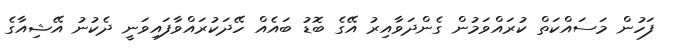
ފަހުން މަސައްކަތް ކުރައްވަމުން ގެންދަވާއިރު އޭގެ ބޮޑު ބައެއް ހޭދަކުރައްވާފައިވަނީ ދެކުނު އޭޝިއާގެ